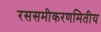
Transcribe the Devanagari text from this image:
रससमीकरणमितीय